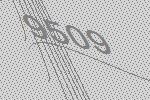
9509